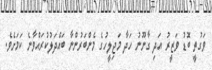
ވަގުތީ ބޮޑު ވަޒީރު އަދި ގާނޫނު ހަދާ މަޖިލީހުގެ މެންބަރުންނާ ބައްދަލުކުރައްވާނެ ކަމަށެވެ.